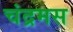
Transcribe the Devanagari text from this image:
चंद्रमस